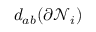
d _ { a b } ( \partial \mathcal { N } _ { i } )